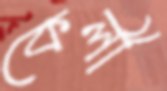
কেলী